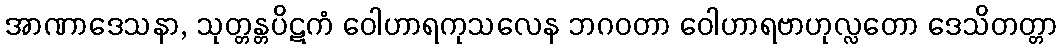
အာဏာဒေသနာ, သုတ္တန္တပိဋကံ ဝေါဟာရကုသလေန ဘဂဝတာ ဝေါဟာရဗာဟုလ္လတော ဒေသိတတ္တာ